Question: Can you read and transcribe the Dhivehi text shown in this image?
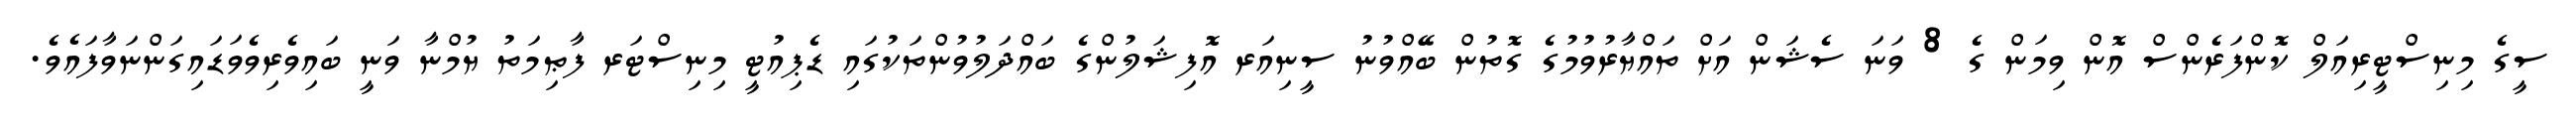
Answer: ސީގެ މިނިސްޓީރިއަލް ކޮންފަރެންސް އޮން ވިމަން ގެ 8 ވަނަ ސެޝަން އަށް ތައްޔާރުވުމުގެ ގޮތުން ބޭއްވުނު ސީނިއަރ އޮފިޝަލުންގެ ބައްދަލުވުންތަކުގައި ޑެޕިއުޓީ މިނިސްޓަރ ފާޠިމަތު ޔުމްނާ ވަނީ ބައިވެރިވެވަޑައިގަންނަވާފައެވެ.